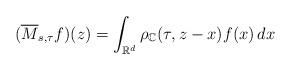
LaTeX: \begin{align*}(\overline{M}_{s,\tau}f)(z)=\int_{\mathbb{R}^{d}}\rho_{\mathbb{C}}(\tau,z-x)f(x)\,dx \end{align*}